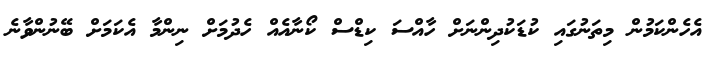
އެހެންކަމުން މިތަނުގައި ކުޑަކުދިންނަށް ހާއްސަ ކިޑްސް ކޯނާއެއް ހެދުމަށް ނިންމާ އެކަމަށް ބޭނުންވާނެ